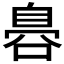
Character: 𮍛